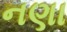
નણા